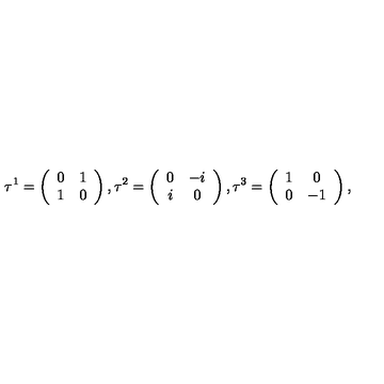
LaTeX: \tau ^ { 1 } = \left( \begin{array} { c c } { 0 } & { 1 } \\ { 1 } & { 0 } \\ \end{array} \right) , \tau ^ { 2 } = \left( \begin{array} { c c } { 0 } & { - i } \\ { i } & { 0 } \\ \end{array} \right) , \tau ^ { 3 } = \left( \begin{array} { c c } { 1 } & { 0 } \\ { 0 } & { - 1 } \\ \end{array} \right) ,